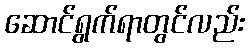
ဆောင်ရွက်ရာတွင်လည်း